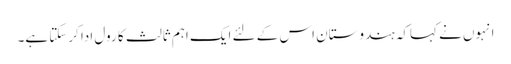
انہوں نے کہاکہ ہندوستان اس کے لئے ایک اہم ثالث کا رول ادا کرسکتا ہے۔